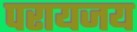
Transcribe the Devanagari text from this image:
परायजय